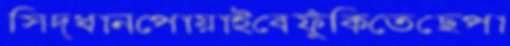
সিদ্ধানপোয়াইবেফুঁকিতেছেপা